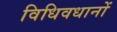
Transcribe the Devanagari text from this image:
विधिवधानों